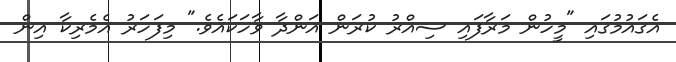
އެގައުމުގައި "މީހުން މަރާފައި ސިއްރު ކުރަން އަންދާ ވާހަކައެވެ." މިފަހަރު އެމެރިކާ އިން